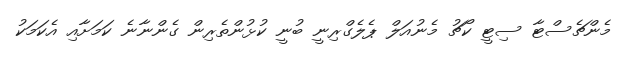
މެންޗެސްޓާ ސިޓީ ކޯޗު މެނުއަލް ޕެލެގްރިނީ ބުނީ ކުޅުންތެރިން ގެންނާނެ ކަމަށާއި އެކަމަކު